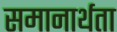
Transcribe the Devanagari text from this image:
समानार्थता